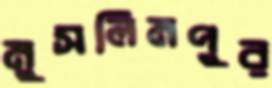
মুসলিমপুর